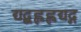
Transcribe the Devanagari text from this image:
द्यद्बह्लह्लद्यद्ग